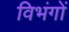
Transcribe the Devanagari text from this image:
विभंगों